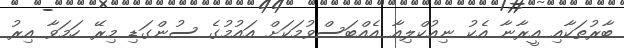
ބާރުތަކާއި އީރާނާ އެކު ނިއުކްލިއާ އެއްބަސްވުމަކަށް އައުމުގެ ސުންގަޑި މިރޭ ހަމަވާ އިރު